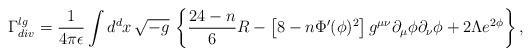
LaTeX: \begin{align*}\Gamma_{div}^{lg} = \frac{1}{4\pi \epsilon} \int d^d x\,\sqrt{-g}\,\left\{ \frac{24-n}{6} R - \left[ 8-n \Phi'(\phi)^2\right] g^{\mu\nu} \partial_\mu \phi \partial_\nu \phi +2\Lambda e^{2\phi} \right\}, \end{align*}